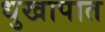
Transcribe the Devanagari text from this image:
धुखापात